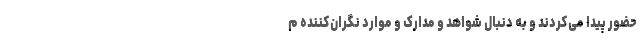
حضور پیدا می‌کردند و به دنبال شواهد و مدارک و موارد نگران‌کننده م